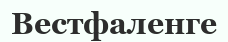
Вестфаленге